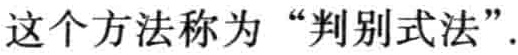
这个方法称为“判别式法”.